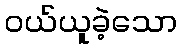
ဝယ်ယူခဲ့သော